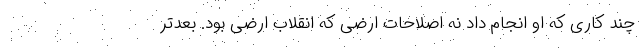
چند کاری که او انجام داد نه اصلاحات ارضی که انقلاب ارضی بود. بعدتر